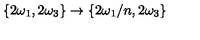
\{ 2 \omega _ { 1 } , 2 \omega _ { 3 } \} \to \{ 2 \omega _ { 1 } / n , 2 \omega _ { 3 } \}